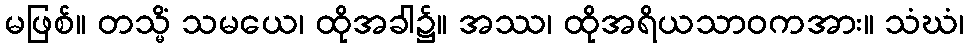
မဖြစ်။ တသ္မိံ သမယေ၊ ထိုအခါ၌။ အဿ၊ ထိုအရိယသာဝကအား။ သံဃံ၊